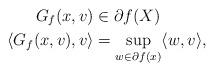
LaTeX: \begin{align*}G_f(x,v) &\in \partial f(X)\\\langle G_f(x,v),v\rangle& = \sup_{w\in \partial f(x)}\langle w, v\rangle,\end{align*}